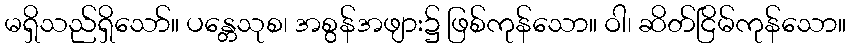
မရှိသည်ရှိသော်။ ပန္တေသုစ၊ အစွန်အဖျား၌ ဖြစ်ကုန်သော။ ဝါ၊ ဆိတ်ငြိမ်ကုန်သော။